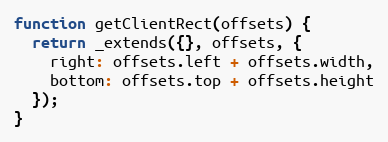
Language: JavaScript
function getClientRect(offsets) {
  return _extends({}, offsets, {
    right: offsets.left + offsets.width,
    bottom: offsets.top + offsets.height
  });
}